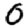
Digit: 0